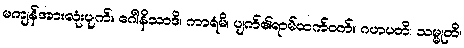
မကျန်အားလုံးပျက်။ ဂေါနိသာဒိ၊ ကာရံမိ၊ ပျက်၏ရာမ်ထက်ဝက်။ ဂဟပတိ၊ သမ္မုတိ၊